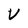
Character: V